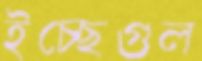
ইচ্ছেগুল